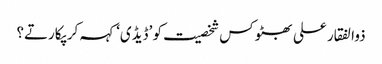
ذوالفقار علی بھٹو کس شخصیت کو ’ڈیڈی‘ کہہ کر پکارتے؟